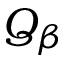
Q _ { \beta }